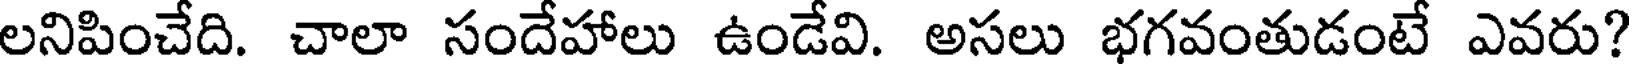
లనిపించేది. చాలా సందేహాలు ఉండేవి. అసలు భగవంతుడంటే ఎవరు?